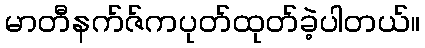
မာတီနက်ဇ်ကပုတ်ထုတ်ခဲ့ပါတယ်။